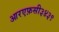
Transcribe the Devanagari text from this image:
आरएफ़सी३४३९